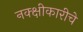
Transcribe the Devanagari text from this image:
नक्क्षीकारीचे